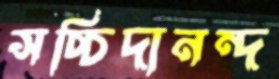
সচ্চিদানন্দ